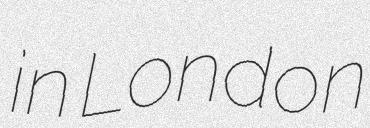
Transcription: in London